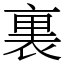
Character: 裏